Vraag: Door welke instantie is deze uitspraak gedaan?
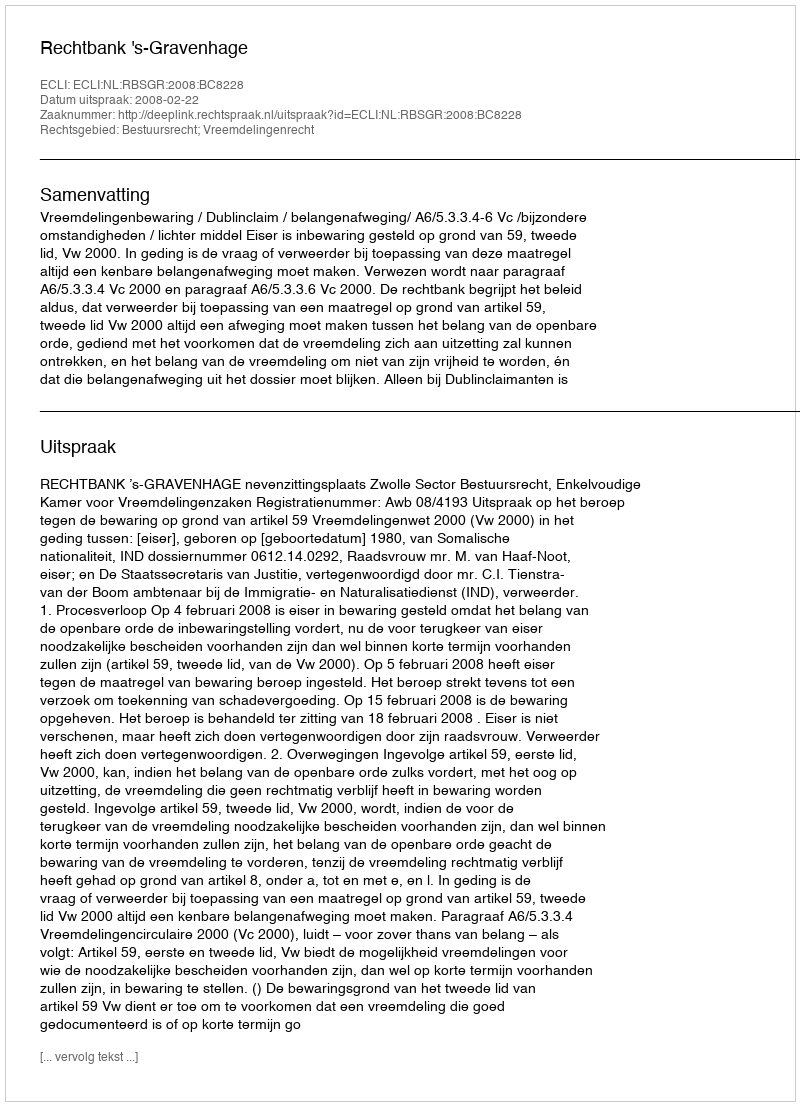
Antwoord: Rechtbank 's-Gravenhage